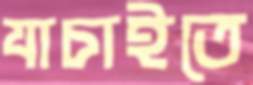
যাচাইতে